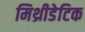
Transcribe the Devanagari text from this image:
मिथ्रीडेटिक